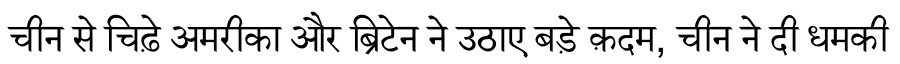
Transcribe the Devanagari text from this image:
चीन से चिढ़े अमरीका और ब्रिटेन ने उठाए बड़े क़दम, चीन ने दी धमकी